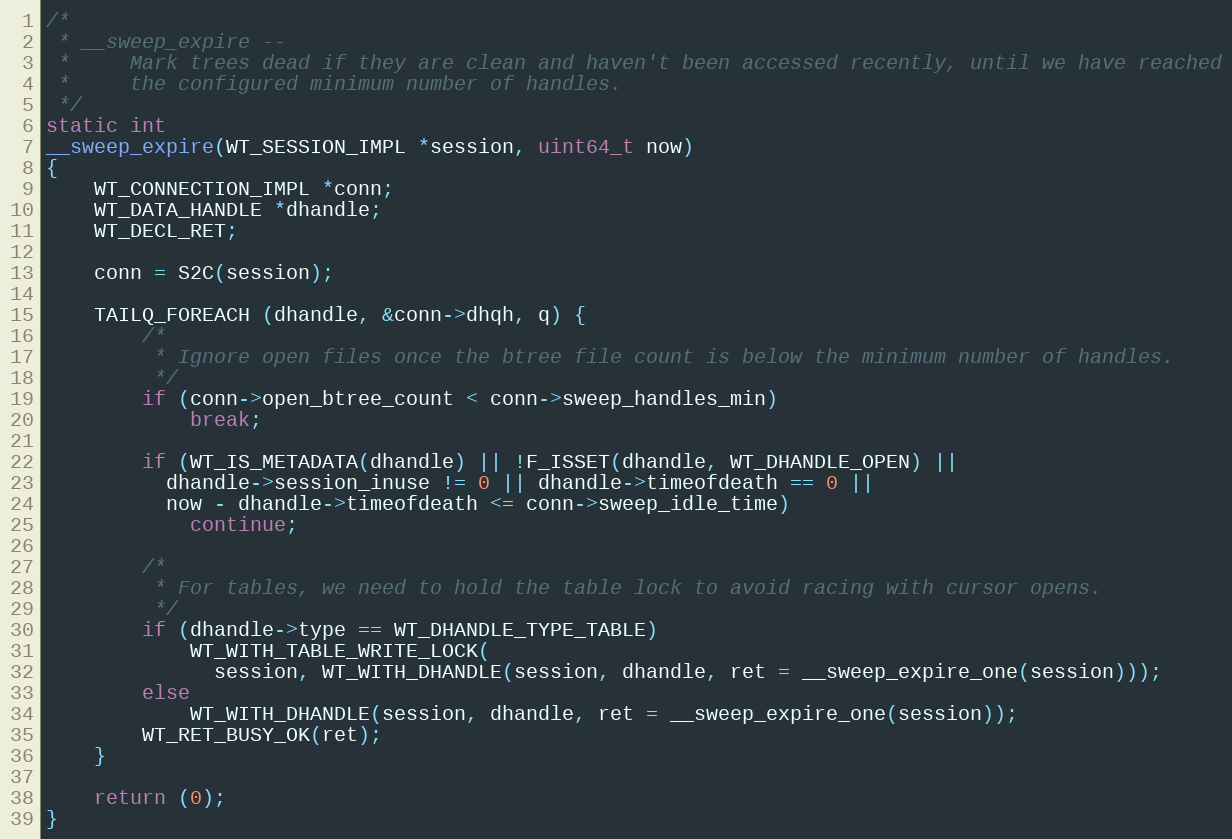
Language: C
/*
 * __sweep_expire --
 *     Mark trees dead if they are clean and haven't been accessed recently, until we have reached
 *     the configured minimum number of handles.
 */
static int
__sweep_expire(WT_SESSION_IMPL *session, uint64_t now)
{
    WT_CONNECTION_IMPL *conn;
    WT_DATA_HANDLE *dhandle;
    WT_DECL_RET;

    conn = S2C(session);

    TAILQ_FOREACH (dhandle, &conn->dhqh, q) {
        /*
         * Ignore open files once the btree file count is below the minimum number of handles.
         */
        if (conn->open_btree_count < conn->sweep_handles_min)
            break;

        if (WT_IS_METADATA(dhandle) || !F_ISSET(dhandle, WT_DHANDLE_OPEN) ||
          dhandle->session_inuse != 0 || dhandle->timeofdeath == 0 ||
          now - dhandle->timeofdeath <= conn->sweep_idle_time)
            continue;

        /*
         * For tables, we need to hold the table lock to avoid racing with cursor opens.
         */
        if (dhandle->type == WT_DHANDLE_TYPE_TABLE)
            WT_WITH_TABLE_WRITE_LOCK(
              session, WT_WITH_DHANDLE(session, dhandle, ret = __sweep_expire_one(session)));
        else
            WT_WITH_DHANDLE(session, dhandle, ret = __sweep_expire_one(session));
        WT_RET_BUSY_OK(ret);
    }

    return (0);
}